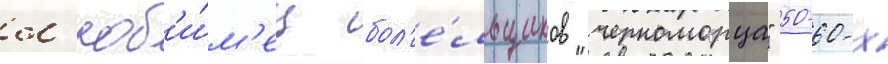
л'юб'и́м'ец бол'е́льщиков "черноморца" 50-60-х